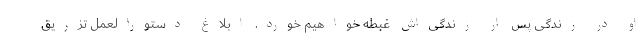
او در زندگی پس از زندگی‌اش غبطه خواهیم خورد. ابلاغ دستورالعمل تزریق